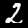
Label: 2